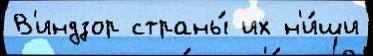
В'индзор страны́ их н'и́ши